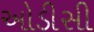
ઓડીસી